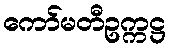
ကော်မတီဥက္ကဋ္ဌ